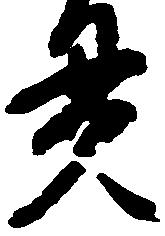
貫